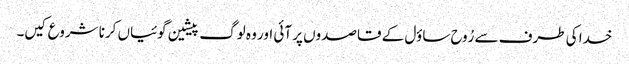
خدا کی طرف سے رُوح ساؤل کے قاصدوں پر آئی اور وہ لوگ پیشین گوئیاں کرنا شروع کیں۔